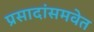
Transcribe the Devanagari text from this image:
प्रसादांसमवेत